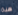
هذه